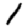
Digit: 1